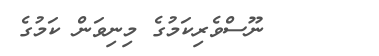
ނޫސްވެރިކަމުގެ މިނިވަން ކަމުގެ